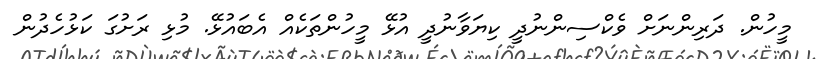
މީހުން. ދަރިންނަށް ވެކްސިންނުދީ ކިޔަވާނުދީ އުޅޭ މީހުންތަކެއް އެބައުޅޭ. މުޅި ރަށުގަ ކަޅުހެދުން